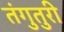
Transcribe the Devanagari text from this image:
तंगुतुरी